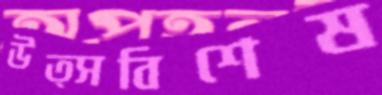
উত্সবিশেষ